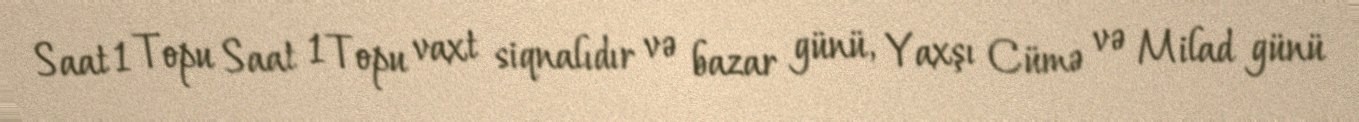
Saat 1 Topu Saat 1 Topu vaxt siqnalıdır və bazar günü, Yaxşı Cümə və Milad günü